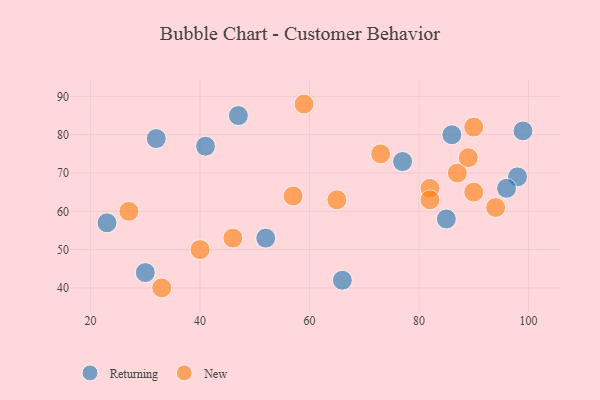
{"axis": {"x": "GDP", "y": "Life Expectancy"}, "legend": ["New", "Returning"], "data": [{"x": "77", "y": 73, "type": "Returning"}, {"x": "98", "y": 69, "type": "Returning"}, {"x": "96", "y": 66, "type": "Returning"}, {"x": "47", "y": 85, "type": "Returning"}, {"x": "99", "y": 81, "type": "Returning"}, {"x": "86", "y": 80, "type": "Returning"}, {"x": "32", "y": 79, "type": "Returning"}, {"x": "52", "y": 53, "type": "Returning"}, {"x": "30", "y": 44, "type": "Returning"}, {"x": "85", "y": 58, "type": "Returning"}, {"x": "66", "y": 42, "type": "Returning"}, {"x": "41", "y": 77, "type": "Returning"}, {"x": "23", "y": 57, "type": "Returning"}, {"x": "46", "y": 53, "type": "New"}, {"x": "73", "y": 75, "type": "New"}, {"x": "33", "y": 40, "type": "New"}, {"x": "94", "y": 61, "type": "New"}, {"x": "82", "y": 66, "type": "New"}, {"x": "87", "y": 70, "type": "New"}, {"x": "27", "y": 60, "type": "New"}, {"x": "89", "y": 74, "type": "New"}, {"x": "40", "y": 50, "type": "New"}, {"x": "90", "y": 82, "type": "New"}, {"x": "90", "y": 65, "type": "New"}, {"x": "57", "y": 64, "type": "New"}, {"x": "82", "y": 63, "type": "New"}, {"x": "65", "y": 63, "type": "New"}, {"x": "59", "y": 88, "type": "New"}]}